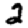
Digit: 2